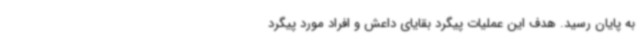
به پایان رسید. هدف این عملیات پیگرد بقایای داعش و افراد مورد پیگرد